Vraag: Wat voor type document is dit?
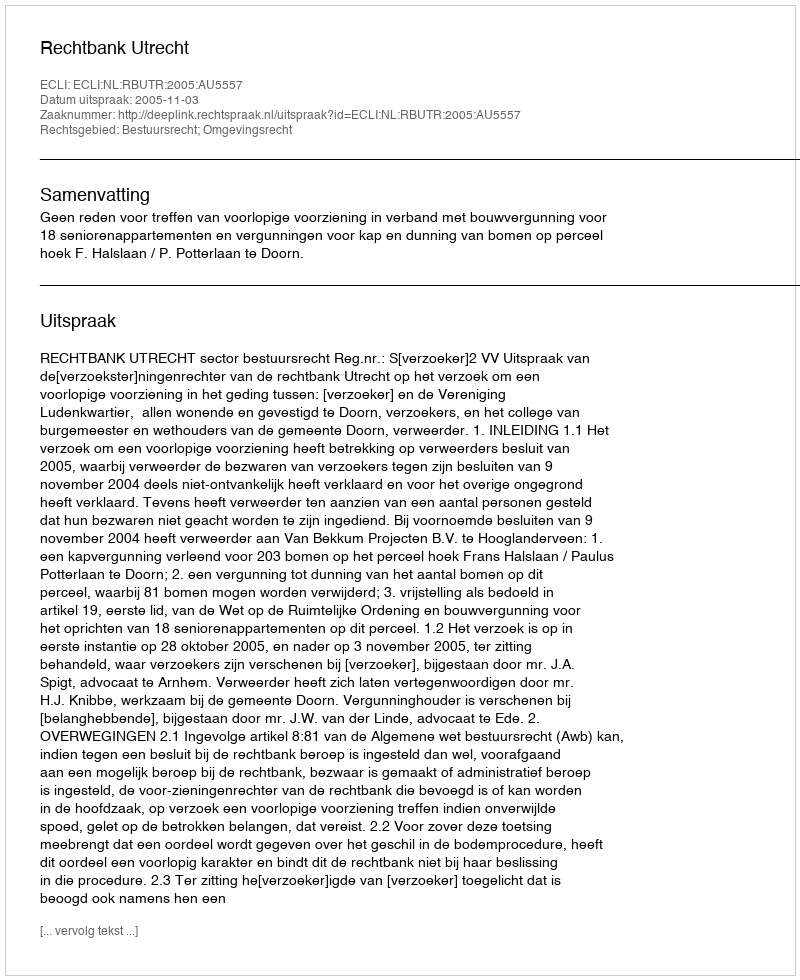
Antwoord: Uitspraak